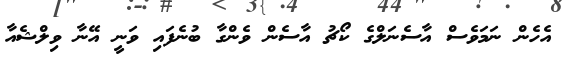
އެހެން ނަމަވެސް އާސެނަލްގެ ކޯޗު އާސެން ވެންގާ ބުނެފައި ވަނީ އޭނާ ވިލްޝެއާ